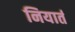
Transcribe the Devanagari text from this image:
नियार्त